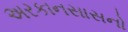
અરકાનસાસનો